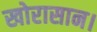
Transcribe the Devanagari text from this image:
खोरासान।